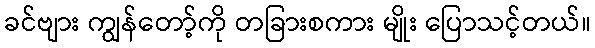
ခင်ဗျား ကျွန်တော့်ကို တခြားစကား မျိုး ပြောသင့်တယ်။